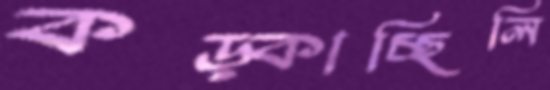
কড়্‌কাচ্ছিলি